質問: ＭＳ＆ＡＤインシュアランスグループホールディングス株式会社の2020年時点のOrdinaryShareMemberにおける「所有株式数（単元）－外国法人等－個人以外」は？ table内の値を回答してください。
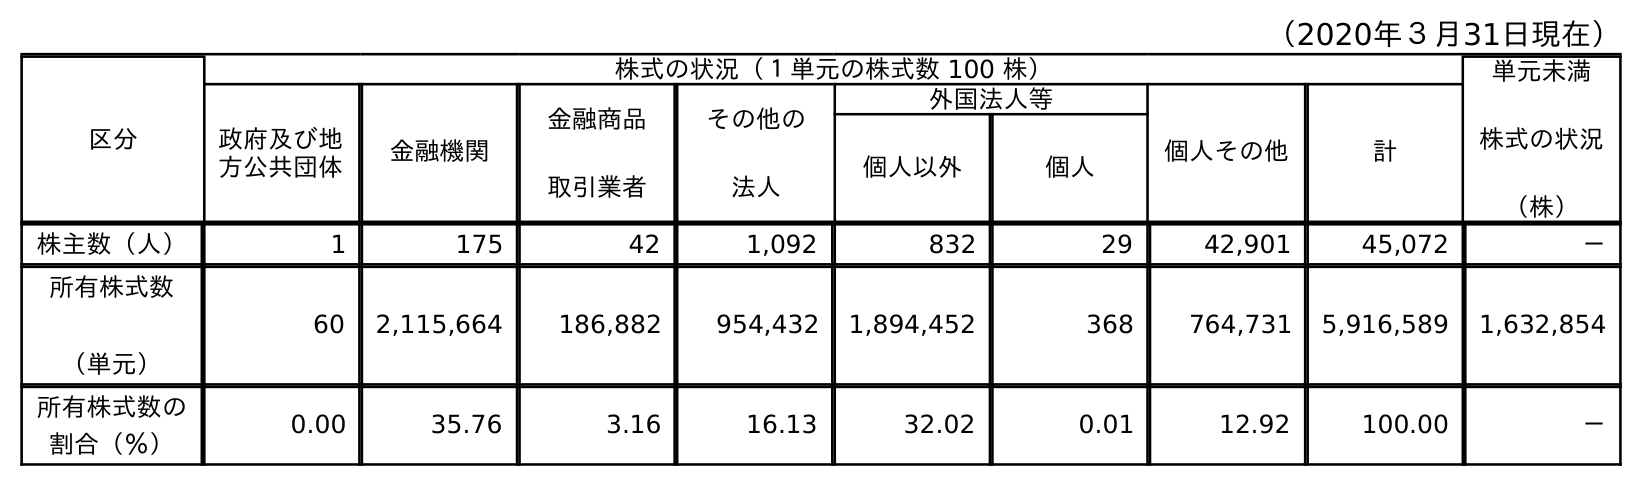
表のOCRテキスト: （2020年３月31日現在） 区分 株式の状況（１単元の株式数 100 株） 単元未満 株式の状況 （株） 政府及び地 方公共団体 金融機関 金融商品 取引業者 その他の 法人 外国法人等 個人その他 計 個人以外 個人 株主数（人） 1 175 42 1,092 832 29 42,901 45,072 － 所有株式数 （単元） 60 2,115,664 186,882 954,432 1,894,452 368 764,731 5,916,589 1,632,854 所有株式数の 割合（％） 0.00 35.76 3.16 16.13 32.02 0.01 12.92 100.00 －
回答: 1,894,452